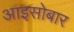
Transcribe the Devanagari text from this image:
आइसोबार